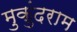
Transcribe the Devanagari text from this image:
मुकुंदराम